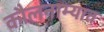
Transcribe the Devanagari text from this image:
कौलनाम्यात